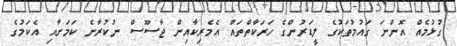
ގުޅުމެއް އޮންނަ ގައުމުތަކުގެ ލީޑަރުންގެ ހަރަކާތްތައް އެމެރިކާއިން ޖާސޫސް ނުކުރާނެ ކަމަށާއި އެކަމުގެ